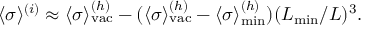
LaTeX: \langle \sigma \rangle ^ { ( i ) } \approx \langle \sigma \rangle _ { \mathrm { \scriptsize { v a c } } } ^ { ( h ) } - ( \langle \sigma \rangle _ { \mathrm { \scriptsize { v a c } } } ^ { ( h ) } - \langle \sigma \rangle _ { \mathrm { \scriptsize { m i n } } } ^ { ( h ) } ) ( L _ { \mathrm { \scriptsize { m i n } } } / L ) ^ { 3 } .